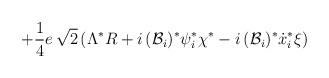
LaTeX: \begin{align*}+\frac{1}{4}e\, \sqrt{2}\left( \Lambda ^{*}R+i\, ({\cal {B}}_{i})^{*}\psi^{*}_{i}\chi ^{*}-i\, ({\cal {B}}_{i})^{*}\dot{x}_{i}^{*}\xi \right)\end{align*}